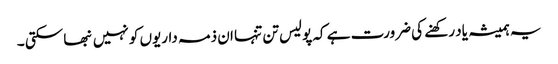
یہ ہمیشہ یاد رکھنے کی ضرورت ہے کہ پولیس تن تنہا ان ذمہ داریوں کو نہیں نبھا سکتی ۔